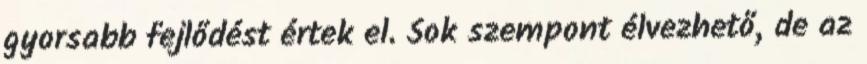
gyorsabb fejlődést értek el. Sok szempont élvezhető, de az